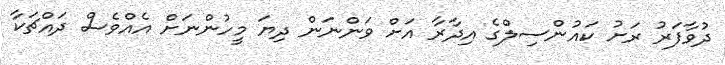
ދުވާފަރު ރަށު ކައުންސިލްގެ އިދާރާ އަށް ވަންނަން ދިޔަ މީހުންނަށް އެއްވެސް ދައްޗަކާ